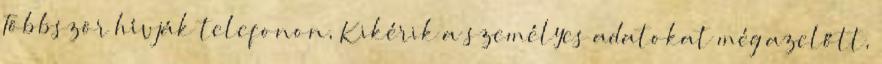
Többször hívják telefonon, Kikérik a személyes adatokat még azelőtt,